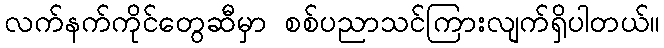
လက်နက်ကိုင်တွေဆီမှာ စစ်ပညာသင်ကြားလျက်ရှိပါတယ်။